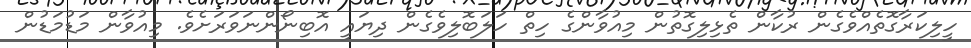
ހީލިކަރާގޮތެއްވެގެން ރުކާން ތެޅިލިގޮތުން މިއުވާންގެ ހިތް ހަލަބޮލިވެގެން ދިޔައީ އޮބިނޯންނަވަރަށެވެ. މިއުވާން މަޑުމަޑުން